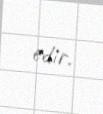
edir.